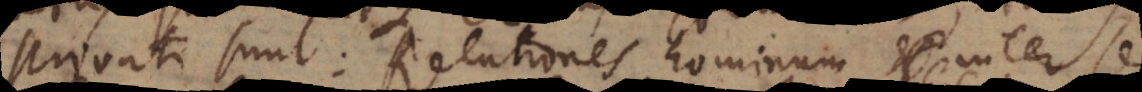
Privati sunt: Relationes hominum inter s